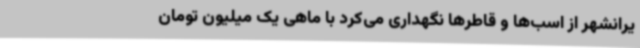
یرانشهر از اسب‌ها و قاطرها نگهداری می‌کرد با ماهی یک‌ میلیون تومان